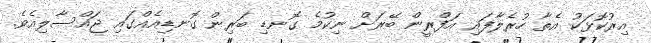
އިރުކޮޅަކު އެތާ ހުރެލާފައި އަފްރީން ބޭރަށް ނިކުމެ ގޮނޑި ބަރިން ގޮނޑިއެއްގައި ޖައްސާލިއެވެ.